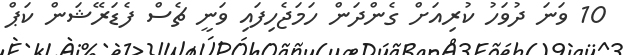
10 ވަނަ ދުވަހު ކުރިއަށް ގެންދަން ހަމަޖެހިފައި ވަނީ ޗެސް ފެޑަރޭޝަން ކަޕް